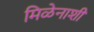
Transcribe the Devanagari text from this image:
मिळेनाशी